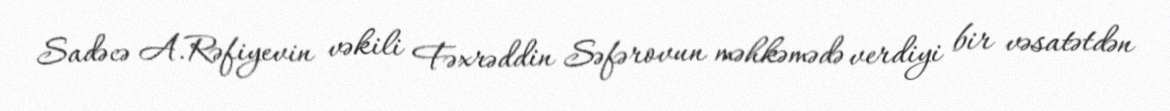
Sadəcə A.Rəfiyevin vəkili Fəxrəddin Səfərovun məhkəmədə verdiyi bir vəsatətdən